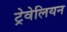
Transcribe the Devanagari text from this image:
ट्रेवेलियन